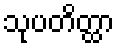
သုပတိတ္ထာ